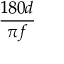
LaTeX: \frac { 1 8 0 d } { \pi f }